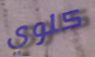
كلوي